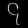
Digit: ၄